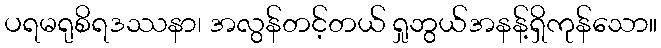
ပရမရုစိရဒဿနာ၊ အလွန်တင့်တယ် ရှုဘွယ်အနန့်ရှိကုန်သော။